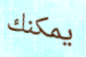
يمكنك